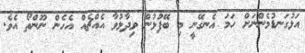
އަޅުގަނޑުމެންނަށް ހަމަ އެނގޭނީ މި ބޭފުޅުން ވިދާޅުވާ އެއްޗެއް އެހެން ނޫންތޯ އެވެ.